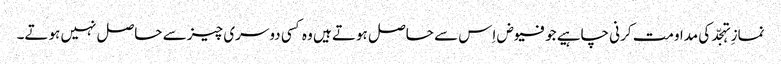
نمازِ تہجّد کی مداومت کرنی چاہیے جو فیوض اِس سے حاصل ہوتے ہیں وہ کسی دوسری چیز سے حاصل نہیں ہوتے۔